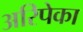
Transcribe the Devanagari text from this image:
अरिपेका